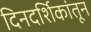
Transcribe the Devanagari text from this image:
दिनदर्शिकांतून